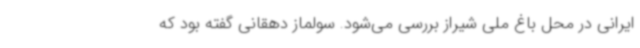
ایرانی در محل باغ ملی شیراز بررسی می‌شود. سولماز دهقانی گفته بود که